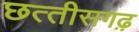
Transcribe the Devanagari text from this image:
छत्‍तीसगढ़़